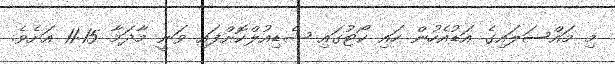
މި މައްސަލައިގެ އަޑުއެހުން ހައި ކޯޓުގައި ޝެޑިއުލްކޮށްފައި ވަނީ މާދަމާ 11:15 އަށެވެ.